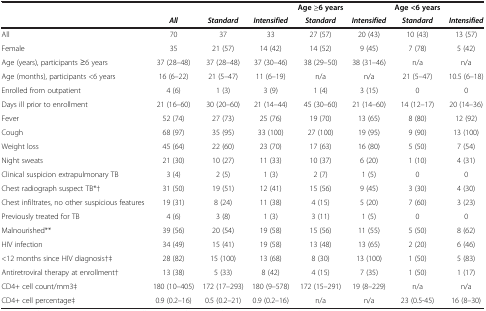
<table><thead><tr><td><b> </b></td><td><b> </b></td><td><b> </b></td><td><b> </b></td><td><b>Age ≥6 years</b></td><td><b> </b></td><td><b>Age &lt;6 years</b></td><td><b> </b></td></tr><tr><td><b> </b></td><td><b><i>All</i></b></td><td><b><i>Standard</i></b></td><td><b><i>Intensified</i></b></td><td><b><i>Standard</i></b></td><td><b><i>Intensified</i></b></td><td><b><i>Standard</i></b></td><td><b><i>Intensified</i></b></td></tr></thead><tbody><tr><td>All</td><td>70</td><td>37</td><td>33</td><td>27 (57)</td><td>20 (43)</td><td>10 (43)</td><td>13 (57)</td></tr><tr><td>Female</td><td>35</td><td>21 (57)</td><td>14 (42)</td><td>14 (52)</td><td>9 (45)</td><td>7 (78)</td><td>5 (42)</td></tr><tr><td>Age (years), participants ≥6 years</td><td>37 (28–48)</td><td>37 (28–48)</td><td>37 (30–46)</td><td>38 (29–50)</td><td>38 (31–46)</td><td>n/a</td><td>n/a</td></tr><tr><td>Age (months), participants &lt;6 years</td><td>16 (6–22)</td><td>21 (5–47)</td><td>11 (6–19)</td><td>n/a</td><td>n/a</td><td>21 (5–47)</td><td>10.5 (6–18)</td></tr><tr><td>Enrolled from outpatient</td><td>4 (6)</td><td>1 (3)</td><td>3 (9)</td><td>1 (4)</td><td>3 (15)</td><td>0</td><td>0</td></tr><tr><td>Days ill prior to enrollment</td><td>21 (16–60)</td><td>30 (20–60)</td><td>21 (14–44)</td><td>45 (30–60)</td><td>21 (14–60)</td><td>14 (12–17)</td><td>20 (14–36)</td></tr><tr><td>Fever</td><td>52 (74)</td><td>27 (73)</td><td>25 (76)</td><td>19 (70)</td><td>13 (65)</td><td>8 (80)</td><td>12 (92)</td></tr><tr><td>Cough</td><td>68 (97)</td><td>35 (95)</td><td>33 (100)</td><td>27 (100)</td><td>19 (95)</td><td>9 (90)</td><td>13 (100)</td></tr><tr><td>Weight loss</td><td>45 (64)</td><td>22 (60)</td><td>23 (70)</td><td>17 (63)</td><td>16 (80)</td><td>5 (50)</td><td>7 (54)</td></tr><tr><td>Night sweats</td><td>21 (30)</td><td>10 (27)</td><td>11 (33)</td><td>10 (37)</td><td>6 (20)</td><td>1 (10)</td><td>4 (31)</td></tr><tr><td>Clinical suspicion extrapulmonary TB</td><td>3 (4)</td><td>2 (5)</td><td>1 (3)</td><td>2 (7)</td><td>1 (5)</td><td>0</td><td>0</td></tr><tr><td>Chest radiograph suspect TB*†</td><td>31 (50)</td><td>19 (51)</td><td>12 (41)</td><td>15 (56)</td><td>9 (45)</td><td>3 (30)</td><td>4 (30)</td></tr><tr><td>Chest infiltrates, no other suspicious features</td><td>19 (31)</td><td>8 (24)</td><td>11 (38)</td><td>4 (15)</td><td>5 (20)</td><td>7 (60)</td><td>3 (23)</td></tr><tr><td>Previously treated for TB</td><td>4 (6)</td><td>3 (8)</td><td>1 (3)</td><td>3 (11)</td><td>1 (5)</td><td>0</td><td>0</td></tr><tr><td>Malnourished**</td><td>39 (56)</td><td>20 (54)</td><td>19 (58)</td><td>15 (56)</td><td>11 (55)</td><td>5 (50)</td><td>8 (62)</td></tr><tr><td>HIV infection</td><td>34 (49)</td><td>15 (41)</td><td>19 (58)</td><td>13 (48)</td><td>13 (65)</td><td>2 (20)</td><td>6 (46)</td></tr><tr><td>&lt;12 months since HIV diagnosis†‡</td><td>28 (82)</td><td>15 (100)</td><td>13 (68)</td><td>8 (30)</td><td>13 (100)</td><td>1 (50)</td><td>5 (83)</td></tr><tr><td>Antiretroviral therapy at enrollment†</td><td>13 (38)</td><td>5 (33)</td><td>8 (42)</td><td>4 (15)</td><td>7 (35)</td><td>1 (50)</td><td>1 (17)</td></tr><tr><td>CD4+ cell count/mm3‡</td><td>180 (10–405)</td><td>172 (17–293)</td><td>180 (9–578)</td><td>172 (15–291)</td><td>19 (8–229)</td><td>n/a</td><td>n/a</td></tr><tr><td>CD4+ cell percentage‡</td><td>0.9 (0.2–16)</td><td>0.5 (0.2–21)</td><td>0.9 (0.2–16)</td><td>n/a</td><td>n/a</td><td>23 (0.5-45)</td><td>16 (8–30)</td></tr></tbody></table>